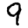
Digit: 9